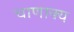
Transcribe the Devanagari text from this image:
चाणाक्य